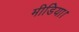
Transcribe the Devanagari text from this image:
मीडिया।